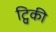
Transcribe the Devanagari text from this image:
ट्विकी